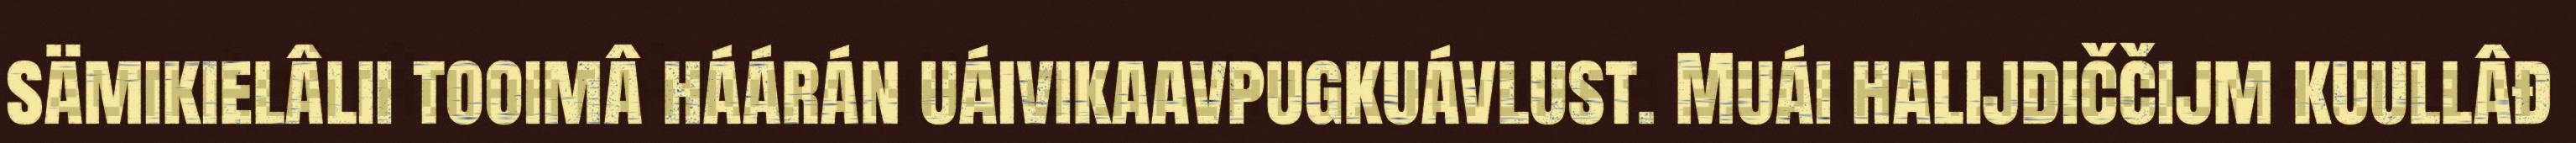
sämikielâlii tooimâ háárán uáivikaavpugkuávlust. Muái halijdiččijm kuullâđ